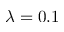
\lambda = 0 . 1